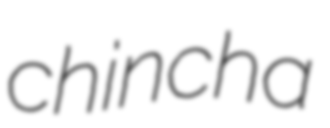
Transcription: chincha